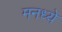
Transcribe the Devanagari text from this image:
मनध्ये